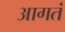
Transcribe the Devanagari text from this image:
आगतं